Indian journal of veterinary science and animal husbandry - Volume 14,
Year: 1944
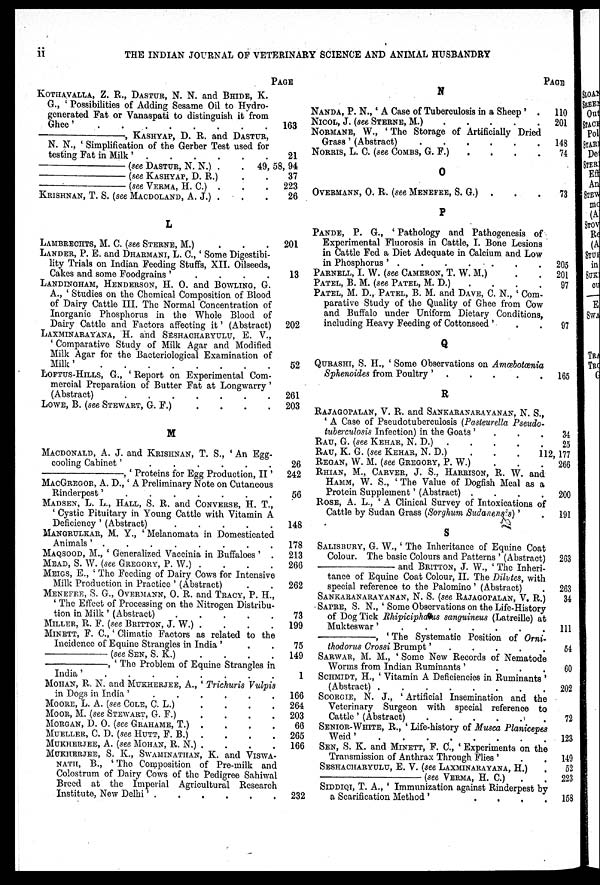
ii
THE INDIAN JOURNAL OF VETERINARY SCIENCE AND ANIMAL HUSBANDRY
KOTHAVALLA, Z. R., DASTUR, N. N. and BHIDE, K.
G., 'Possibilities of Adding Sesame Oil to Hydro-
generated Fat or Vanaspati to distinguish it from
Ghee '
——,
KASHYAP,
D. R. and DASTUR,
N. N., 'Simplification of the Gerber Test used for
testing Fat in Milk '
——
(see DASTUR, N. N.) . . .
——
(see KASHYAP, D. R.) . . .
——
(see VERMA, H. C.) . . .
KRISHNAN, T. S. (see MACDOLAND, A. J.) . . .
L
LAMBRECHTS, M. C. (see STERNE, M.) . . .
LANDER, P. E. and DHARMANI, L. C., 'Some Digestibi-
lity Trials on Indian Feeding Stuffs, XII. Oilseeds,
Cakes and some Foodgrains'
LANDINGHAM, HENDERSON, H. O. and BOWLING, G.
A., 'Studies on the Chemical Composition of Blood
of Dairy Cattle III. The Normal Concentration of
Inorganic Phosphorus in the Whole Blood of
Dairy Cattle and Factors affecting it' (Abstract)
LAXMINARAYANA, H. and SESHACHARYULU, E. V.,
'Comparative Study of Milk Agar and Modified
Milk Agar for the Bacteriological Examination of
Milk'
LOFTUS-HILLS, G., 'Report on Experimental Com-
mercial Preparation of Butter Fat at Longwarry'
(Abstract)
.
.
.
.
.
.
.
LOWE, B. (see STEWART, G. F.) . . . .
M
MACDONALD, A. J. and KRISHNAN, T. S., 'An Egg-
cooling Cabinet'
.
.
.
.
.
.
——,
'Proteins for Egg Production, II'
MACGREGOR, A. D., 'A Preliminary Note on Cutaneous
Rinderpest'.......
MADSEN, L. L., HALL, S. R. and CONVERSE, H. T.,
'Cystic Pituitary in Young Cattle with Vitamin A
Deficiency' (Abstract)
.
.
.
.
.
MANGRULKAR, M. Y., 'Melanomata in Domesticated
Animals' .
.
.
.
.
.
.
.
MAQSOOD, M., 'Generalized Vaccinia in Buffaloes' .
MEAD, S. W. (see GREGORY, P. W.) .
.
.
.
MEIGS, E., 'The Feeding of Dairy Cows for Intensive
Milk Production in Practice' (Abstract)
MENEFEE, S. G., OVERMANN, O. R. and TRACY, P. H.,
'The Effect of Processing on the Nitrogen Distribu-
tion in Milk' (Abstract)
.
.
.
.
.
MILLER, R. F. (see BRITTON, J. W.) .
.
.
.
MINETT, F. C., 'Climatic Factors as related to the
Incidence of Equine Strangles in India'
——(see
SEN, S. K.)
.
.
.
.
——,
'The Problem of Equine Strangles in
India'........
MOHAN, R. N. and MUKHERJEE, A., 'Trichuris Vulpis
in Dogs in India '
.
.
.
.
.
.
MOORE, L. A. (see COLE, C. L.)
.
.
.
.
MOOR, M. (see STEWART, G. F.). . . .
MORGAN, D. O. (see GRAHAME, T.) . . . .
MUELLER, C. D. (see HUTT, F. B.) .
.
.
.
MUKHERJEE, A. (see MOHAN, R. N.) . . . .
MUKHERJEE, S. K., SWAMINATHAN, K. and VISWA-
NATH, B., 'The Composition of Pre-milk and
Colostrum of Dairy Cows of the Pedigree Sahiwal
Breed at the Imperial Agricultural Research
Institute, New Delhi'
PAGE
163
21
49, 58,94
37
223
26
201
13
202
52
261
203
26
242
56
148
178
213
266
262
73
199
75
149
1
166
264
203
66
265
166
232
N
NANDA, P. N., 'A Case of Tuberculosis in a Sheep' .
NICOL, J. (see STERNE, M.)
NORMANE, W., 'The Storage of Artificially Dried
Grass' (Abstract)
.
.
.
.
.
NORRIS, L. C. (see COMBS, G. F.) . . . .
O
OVERMANN, O. R. (see MENEFEE, S. G.) . . .
P
PANDE, P. G., 'Pathology and Pathogenesis of
Experimental Fluorosis in Cattle, I. Bone Lesions
in Cattle Fed a Diet Adequate in Calcium and Low
in Phosphorus'
PARNELL, I. W. (see CAMERON, T. W. M.) . .
PATEL, B. M. (see PATEL, M. D.)
PATEL, M. D., PATEL, B. M. and DAVE, C. N., 'Com-
parative Study of the Quality of Ghee from Cow
and Buffalo under Uniform Dietary Conditions,
including Heavy Feeding of Cottonseed'. . .
Q
QURASHI, S. H., 'Some Observations on Amœbotœnia
Sphenoides from Poultry'
R
RAJAGOPALAN, V. R. and SANKARANARAYANAN, N. S.,
'A Case of Pseudotuberculosis (Pasteurella Pseudo-
tuberculosis Infection) in the Goats' . . . . .
RAU, G. (see KEHAR, N. D.)
RAU, K. G. (see KEHAR, N. D.)
.
.
.
REGAN, W. M. (see GREGORY, P. W.) . . .
RHIAN, M., CARVER, J. S., HARRISON, R. W. and
HAMM, W. S., 'The Value of Dogfish Meal as a
Protein Supplement' (Abstract) .
.
.
.
ROSE, A. L., 'A Clinical Survey of Intoxications of
Cattle by Sudan Grass (Sorghum Sudanensis)' .
S
SALISBURY, G. W.,' The Inheritance of Equine Coat
Colour. The basic Colours and Patterns' (Abstract)
——
and BRITTON, J. W., 'The Inheri-
tance of Equine Coat Colour, II. The Dilvtes, with
special reference to the Palomino' (Abstract)
SANKARANARAYANAN, N. S. (see RAJAGOPALAN, V. R.)
SAPRE, S. N., 'Some Observations on the Life-History
of Dog Tick Rhipiciphalus sanguineus (Latreille) at
Mukteswar'
.
.
.
.
.
.
.
——,
'The Systematic Position of Orni-
thodorus Crossi
Brumpt'.....
SARWAR, M. M., 'Some New Records of Nematode
Worms from Indian Ruminants'
.
.
.
SCHMIDT, H., 'Vitamin A Deficiencies in Ruminants'
(Abstract) .
.
.
.
.
.
.
SCORGIE, N. J., 'Artificial Insemination and the
Veterinary Surgeon with special reference to
Cattle' (Abstract)
SENIOR-WHITE, R., 'Life-history of Musca Planicepes
Weid'
SEN, S. K. and MINETT, F. C., 'Experiments on the
Transmission of Anthrax Through Flies'
SESHACHARYULU, E. V. (see LAXMINARAYANA, H.)
——
(see VERMA, H. C.)
SIDDIQI, T. A., 'Immunization against Rinderpest by
a Scarification Method'
.
.
.
.
PAGE
110
201
148
74
73
205
201
97
97
165
34
25
112,
177
266
200
191
263
263
34
111
54
60
202
72
123
149
52
223
158